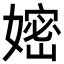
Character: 𭒛